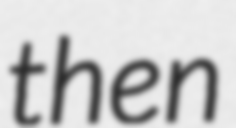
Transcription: then